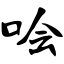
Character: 哙